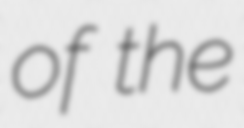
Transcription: of the